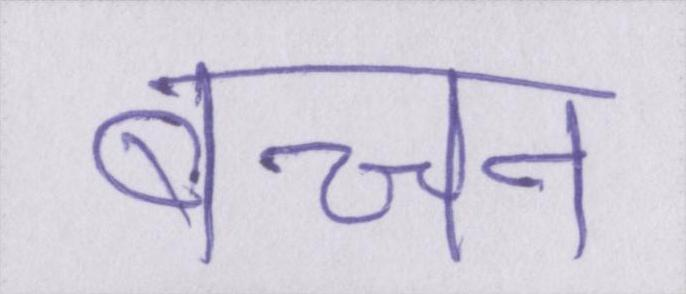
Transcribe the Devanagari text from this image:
बच्चन